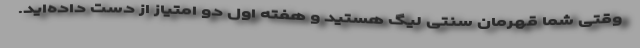
وقتی شما قهرمان سنتی لیگ هستید و هفته اول دو امتیاز از دست داده‌اید.